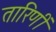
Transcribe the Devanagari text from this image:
तारिणीं